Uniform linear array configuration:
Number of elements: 24
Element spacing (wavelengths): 0.5
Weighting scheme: blackman
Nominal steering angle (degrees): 0
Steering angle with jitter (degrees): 1.046
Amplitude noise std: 0.05
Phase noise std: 0.05

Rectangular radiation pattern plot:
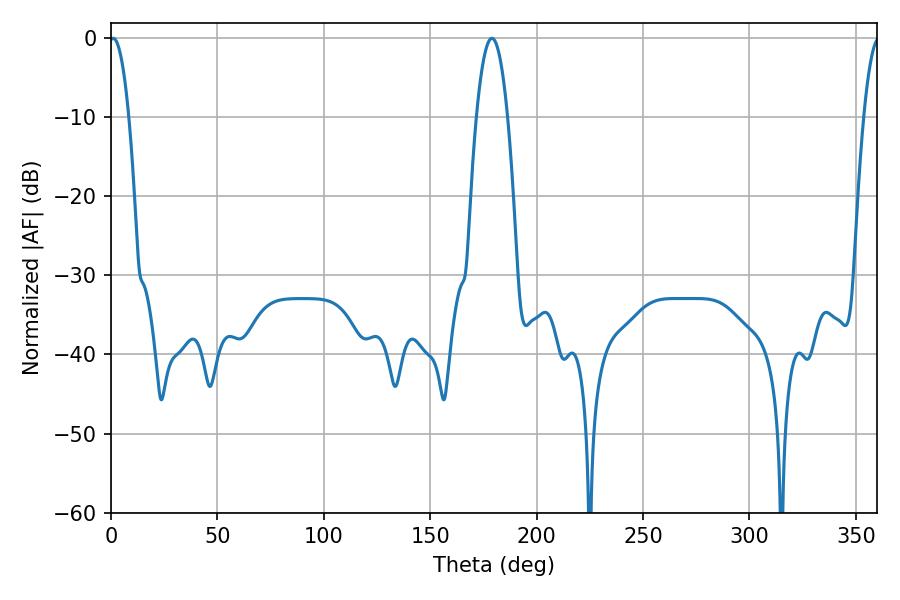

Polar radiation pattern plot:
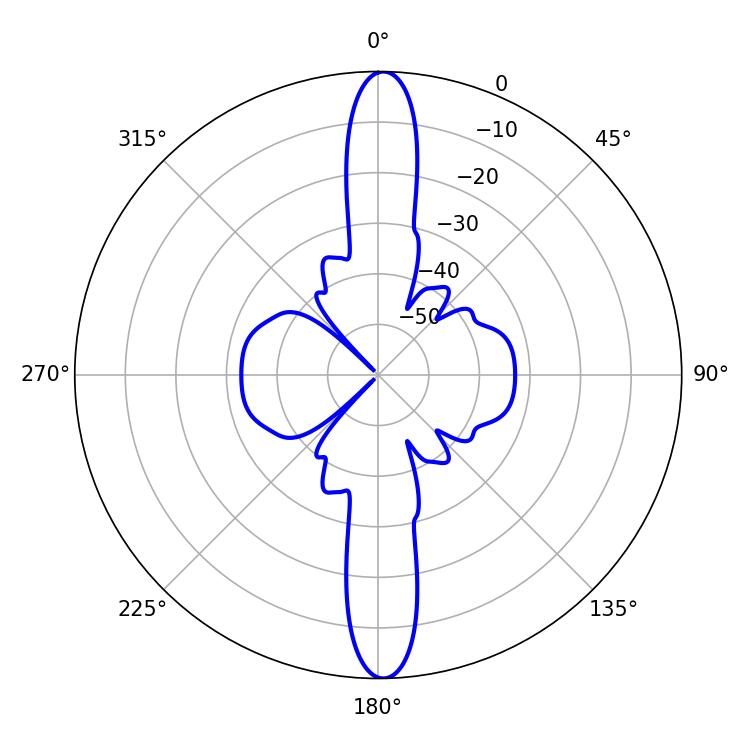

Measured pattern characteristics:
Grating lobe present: FALSE
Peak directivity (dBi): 25.754
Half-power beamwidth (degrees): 5.04
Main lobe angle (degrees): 1.08